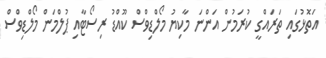
އަތޮޅުގައި ތަރައްގީ ކުރަމުން އަންނަ މާކިޔު މޯލްޑިވްސް ކޫއްޑު ރިސޯޓާއި ޕުލްމަން މޯލްޑިވްސް